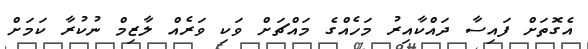
އެގޮތަށް ފައިސާ ދައްކާއިރު މަހެއްގެ މައްޗަށް ވަކި ވަރެއް ލާޒިމް ނުކުރާ ކަމަށް